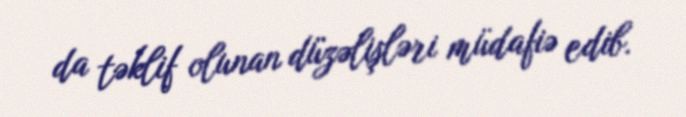
da təklif olunan düzəlişləri müdafiə edib.